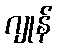
ဂျုန်